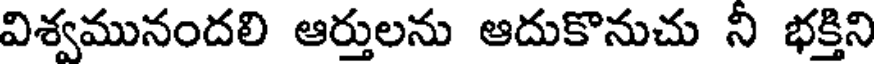
విశ్వమునందలి ఆర్తులను ఆదుకొనుచు నీ భక్తిని